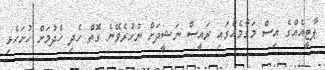
ޕާޓީއެއްގެ އިސް މަގާމެއްގައި ރައީސް ނަޝީދަށް ނުހުރެވޭނެ ގޮތް ހެދި ހެދުމަށް ހުށަހެޅި